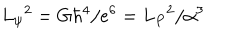
L _ { \psi } { } ^ { 2 } = G \hbar ^ { 4 } / e ^ { 6 } = L _ { P } { } ^ { 2 } / \alpha ^ { 3 }